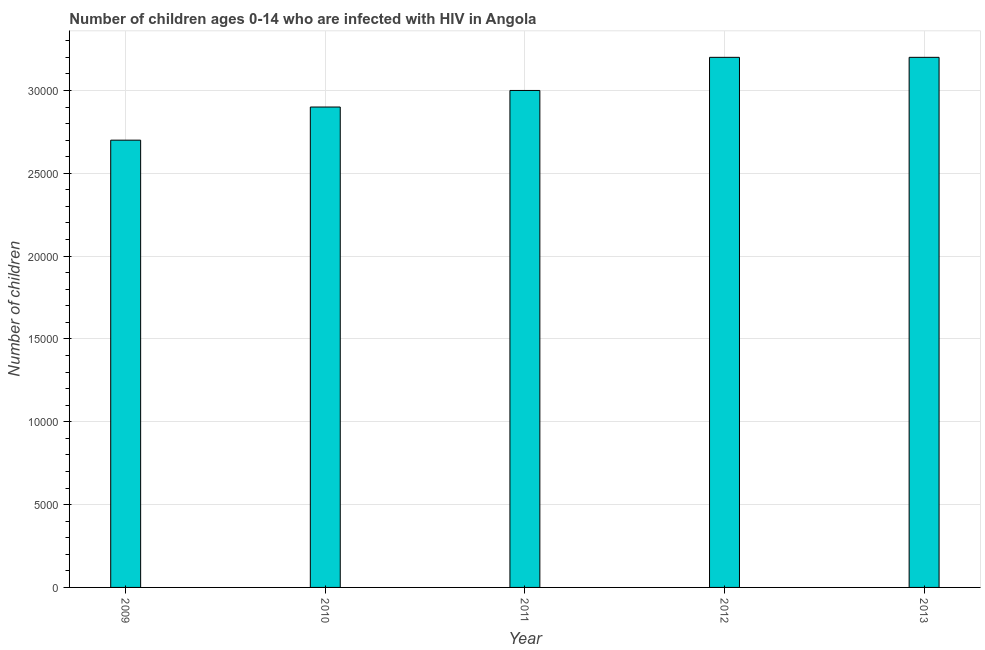
| Year | Children (0-14) living with HIV |
 | --- | --- |
 | 2009 | 2.7e+04 |
 | 2010 | 2.9e+04 |
 | 2011 | 3e+04 |
 | 2012 | 3.2e+04 |
 | 2013 | 3.2e+04 |